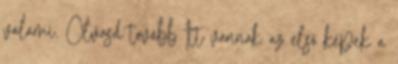
valami. Olvasd tovább Itt vannak az első képek a